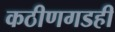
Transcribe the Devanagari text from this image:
कठीणगडही